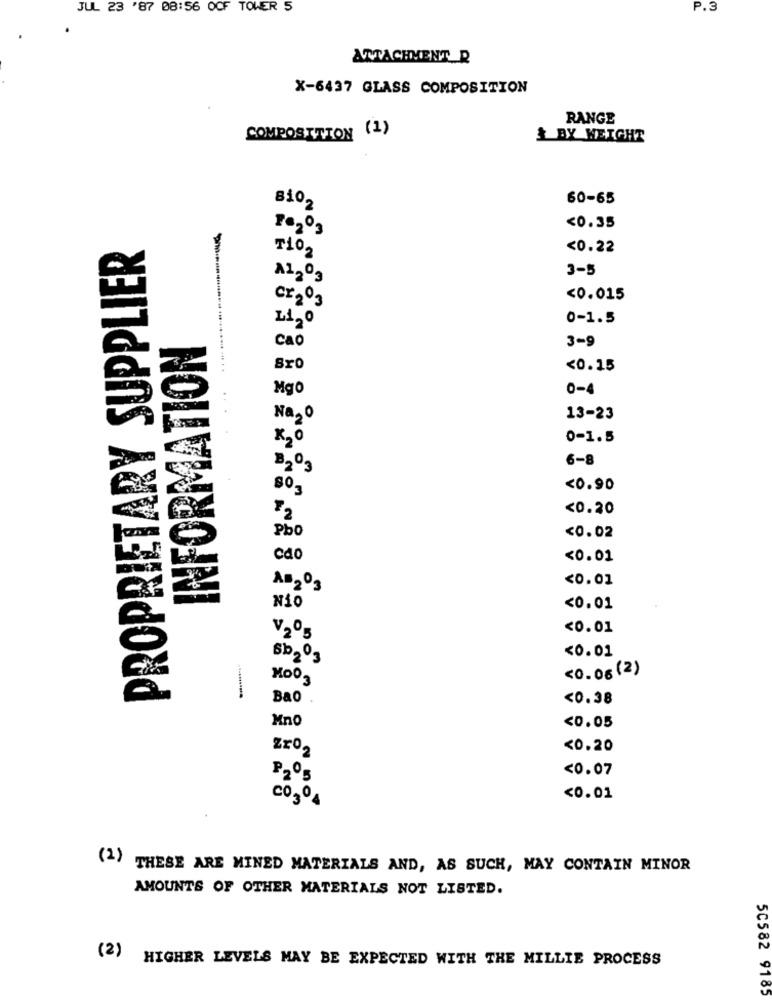
JUL 23 '87 08:56 OCF TOWER 5
P.3
ATTACHMENT R
X-6437 GLASS COMPOSITION
RANGE
COMPOSITION (1)
+ BY WEIGHT
60-65
8102
1ª2º3
<0.35
PROPRIETARY SUPPLIER
T102
<0.22
3-5
A12º3
<0.015
Cr203
0-1.5
L120
INFORMATION
Cao
3-9
Sro
<0.15
Mgo
0-4
Na, o
13-23
K2 0
0-1.5
6-8
B2º3
<0.90
<0.20
72
Pbo
<0.02
cdo
<0.01
<0.01
AB203
N10
<0.01
V2º5
<0.01
<0.01
5b203
<0.06 ( 2 )
Moo3
Bao
<0.38
Mno
<0.05
Zro2
<0.20
<0.07
P2º5
CO30
<0.01
(2)
THESE ARE MINED MATERIALS AND, AS SUCH, MAY CONTAIN MINOR
AMOUNTS OF OTHER MATERIALS NOT LISTED.
(2)
HIGHER LEVELS MAY BE EXPECTED WITH THE MILLIE PROCESS
50582 9185